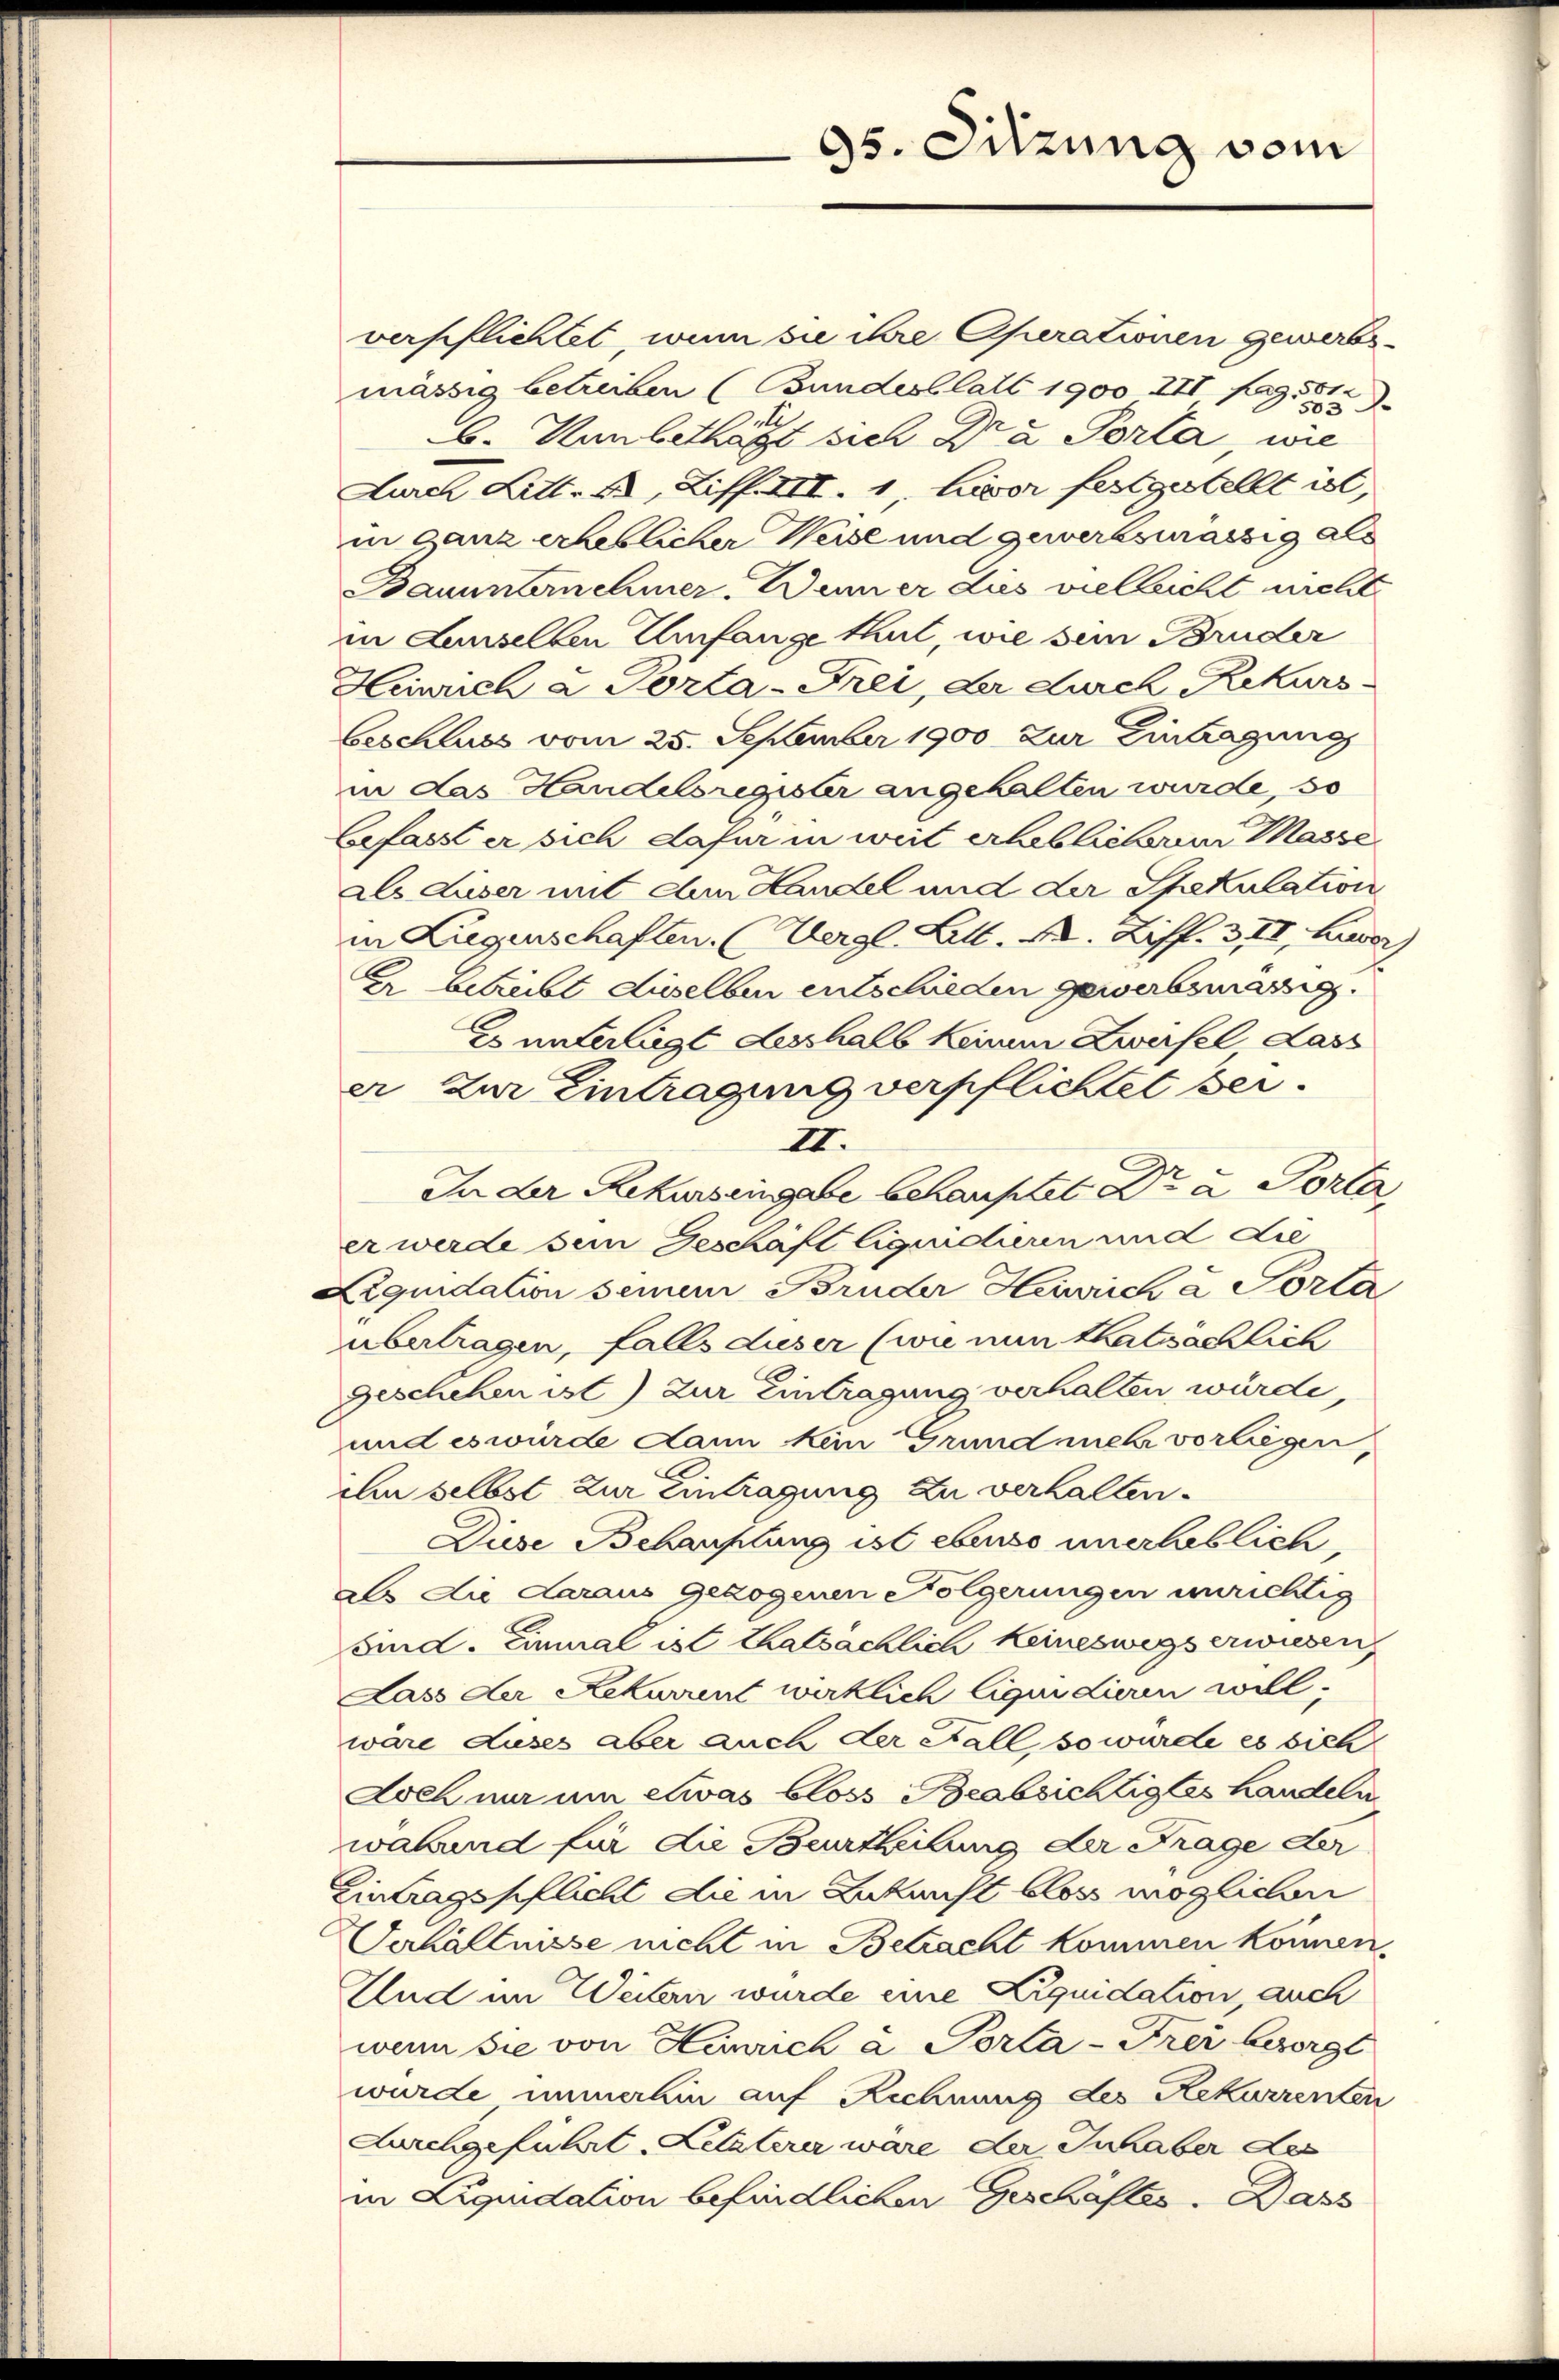
verschlichtet, wenn sie ihre Operationen gewerbsmässig betreiben (Bundesblatt 1900 XII pag. 572
.
b. Kanbethagt sich Dra Porta, wie
Lurch Litt. 4, Ziff. III. 1, hier festgestellt ist,
in ganz erheblicher Weise und gewerbsmassig als
Bauunternehmer. Wenn er dies vielleicht nicht
in Lanselben Umfange thut, wie sein Bruder
Heinrich a Porta-Frei, der durch Rekurs.
beschluss vom 25. September 1900 zur Eintragung
in das Handelsregister angehalten wurde, so
befasst er sich dafür in weit erheblicheren Masse
als dieser mit den Handel und der Spekulation
in Liegenschaften. (Vergl. Litt. A. Ziff. 3, II, herz
Er betreibt dieselben entschieden gewerbsmässig.
Es unterliegt desshalb keinem Zweifel Lass
ar zur Eintragung verpflichtet sei¬
III.
In der Rekurseingabe behauptet Dr u. Porta,
er werde sein Geschäft lignicheren und die
Liquidation seinem Bruder Heinrich à Porla
übertragen, falls dieser (wie nun thatsachlich
Geschehen ist) zur Eintragung verhalten würde,
und es wurde dann kein Grund mehr vorliegen,
chn selbst zur Eintragung zu verhalten.
Diese Behauptung ist ebenso unerlöblich,
als die daraus gezogenen Folgerungen unrichtig
and. Einmal ist thatsächlich Keineswegs erwiesen,
Lass der Rekurrent wirklich liquidieren will.
wäre Auses aber auch der Fall so wurde es sich
Aoch nur um etwas bloss Beabsichtigtes handeln
wabund für die Beurtheilung der Frage der
Eintragspflicht die in Zukunst blos möglichen
Verhältnisse nicht in Betracht kommen können.
Und im Weitern wurde eine Liquidation, auch
wenn sie von Heinrich a Porta-Frei besorgt
wurde immerhin auf Rechnung des Rekurrenten
Aurchgeführt, Letzterer wäre der Inhaber der
in Liquidation befindlichen Geschäftes. Dass

95. Sitzung vom